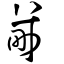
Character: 畿